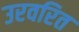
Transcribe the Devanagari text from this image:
उरवरित